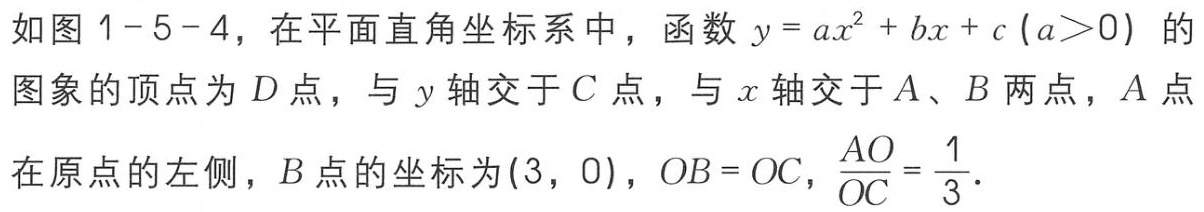
如图 1-5-4，在平面直角坐标系中，函数 \(y = ax^{2}+bx + c\left(a>0\right)\) 的图象的顶点为 \(D\) 点，与 \(y\) 轴交于 \(C\) 点，与 \(x\) 轴交于 \(A、B\) 两点，\(A\) 点在原点的左侧，\(B\) 点的坐标为\((3,0)\)，\(OB = OC\)，\(\frac{AO}{OC}=\frac{1}{3}\)．